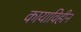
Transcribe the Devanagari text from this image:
कायाविहीन